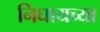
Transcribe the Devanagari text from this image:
निघायच्या